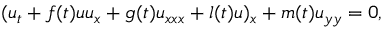
( u _ { t } + f ( t ) u u _ { x } + g ( t ) u _ { x x x } + l ( t ) u ) _ { x } + m ( t ) u _ { y y } = 0 ,